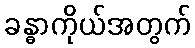
ခန္ဓာကိုယ်အတွက်